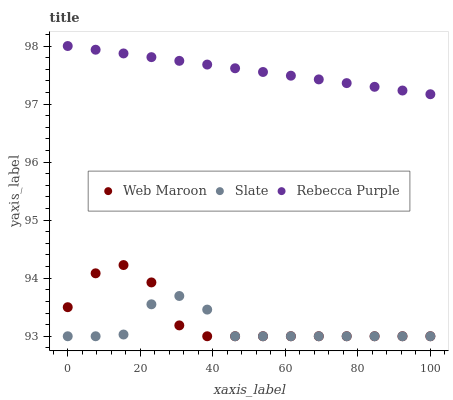
| xaxis_label | Web Maroon | Slate | Rebecca Purple |
 | --- | --- | --- | --- |
 | 0 | 93.5 | 93 | 98 |
 | 7.69 | 94.1 | 93 | 97.9 |
 | 15.4 | 94.2 | 93 | 97.9 |
 | 23.1 | 93.9 | 93.6 | 97.8 |
 | 30.8 | 93.2 | 93.7 | 97.7 |
 | 38.5 | 93 | 93.5 | 97.7 |
 | 46.2 | 93 | 93 | 97.6 |
 | 53.8 | 93 | 93 | 97.6 |
 | 61.5 | 93 | 93 | 97.5 |
 | 69.2 | 93 | 93 | 97.4 |
 | 76.9 | 93 | 93 | 97.4 |
 | 84.6 | 93 | 93 | 97.3 |
 | 92.3 | 93 | 93 | 97.2 |
 | 100 | 93 | 93 | 97.2 |